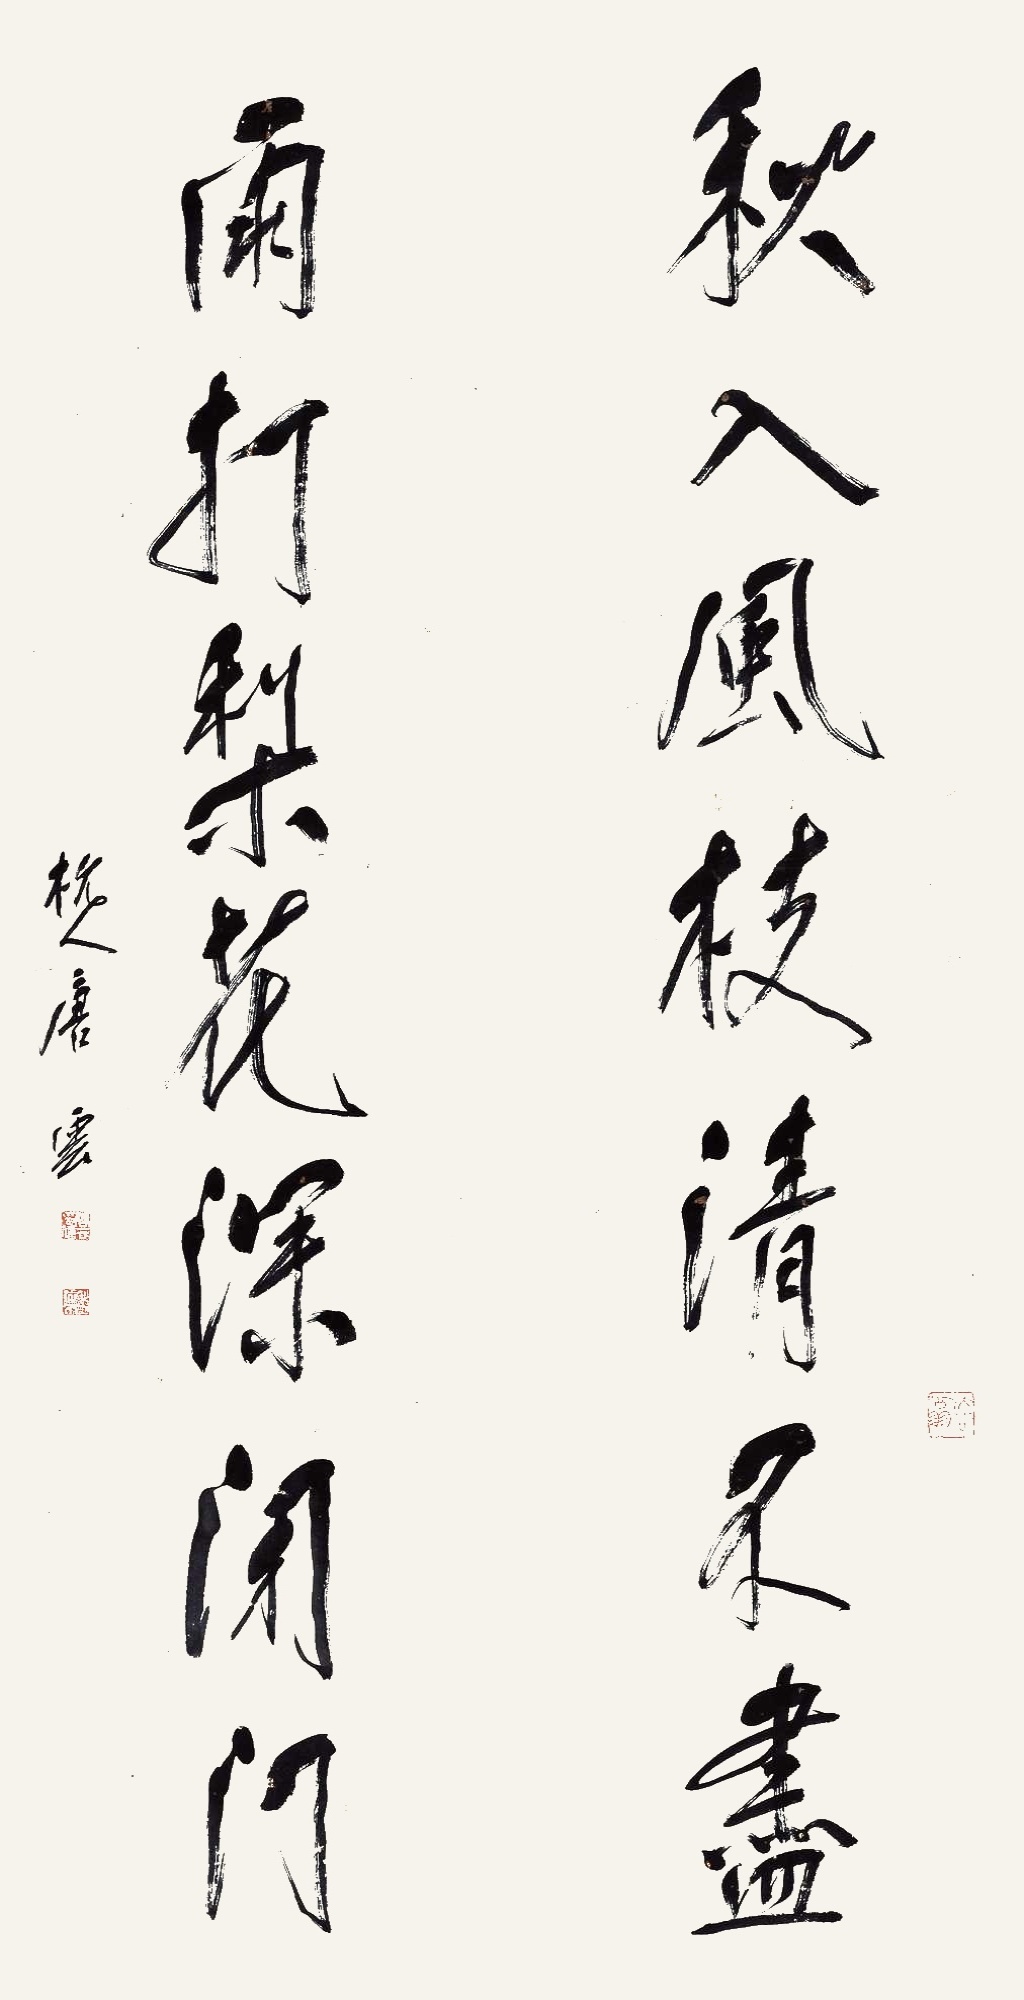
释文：秋入风枝清不尽，雨打梨花深闭门。杭人唐云。